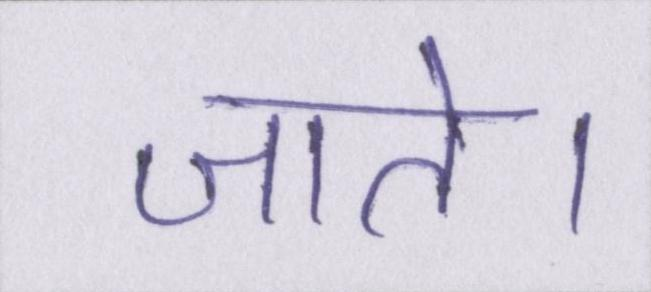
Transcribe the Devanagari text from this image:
जाते।